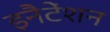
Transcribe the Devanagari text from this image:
इनैटेंशन